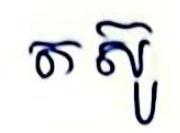
តស៊ូ